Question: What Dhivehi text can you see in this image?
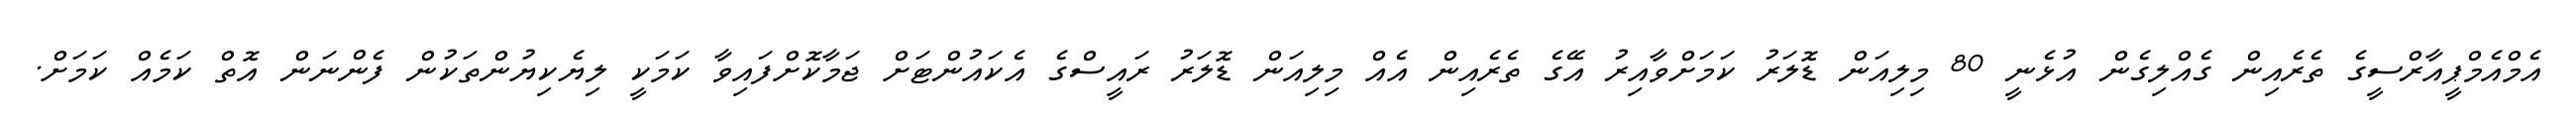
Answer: އެމްއެމްޕީއާރްސީގެ ތެރެއިން ގެއްލިގެން އުޅެނީ 80 މިލިއަން ޑޮލަރު ކަމަށްވާއިރު އޭގެ ތެރެއިން އެއް މިލިއަން ޑޮލަރު ރައީސްގެ އެކައުންޓަށް ޖަމާކޮށްފައިވާ ކަމަކީ ލިޔެކިޔުންތަކުން ފެންނަން އޮތް ކަމެއް ކަމަށް.